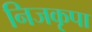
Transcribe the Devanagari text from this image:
निजकृपा